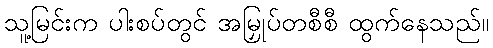
သူ့မြင်းက ပါးစပ်တွင် အမြှုပ်တစီစီ ထွက်နေသည်။